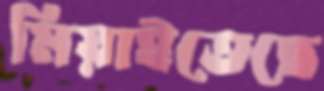
মিয়াইতেছে